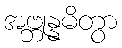
အဗ္ဘုန္နမိတွာ